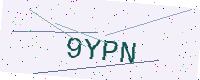
Text: 9YPN